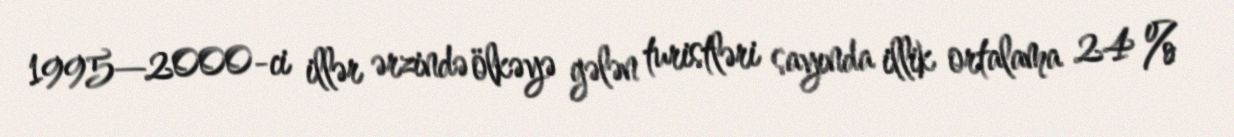
1995—2000-ci illər ərzində ölkəyə gələn turistləri sayında illik ortalama 24 %